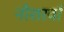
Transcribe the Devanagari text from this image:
नौशरवाँ